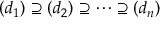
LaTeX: ( d _ { 1 } ) \supseteq ( d _ { 2 } ) \supseteq \cdots \supseteq ( d _ { n } )